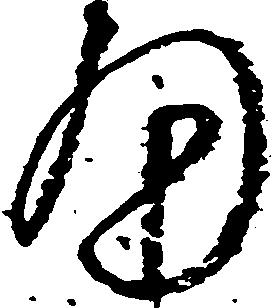
細